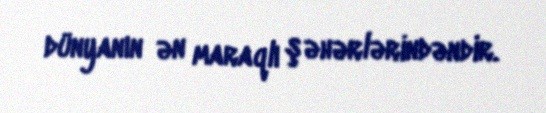
dünyanın ən maraqlı şəhərlərindəndir.